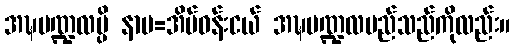
အဍ္ဎမဏ္ဍလမ္ပိ နာမ=အိမ်ဝန်းငယ် အဍ္ဎမဏ္ဍလမည်သည်ကိုလည်း။